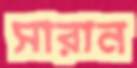
সারান